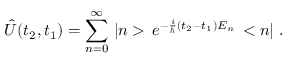
\hat { U } ( t _ { 2 } , t _ { 1 } ) = \sum _ { n = 0 } ^ { \infty } \, | n > \, e ^ { - \frac { i } { \hbar } ( t _ { 2 } - t _ { 1 } ) E _ { n } } \, < n | \ .